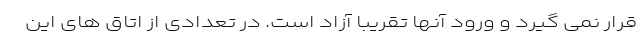
قرار نمی گیرد و ورود آنها تقریبا آزاد است. در تعدادی از اتاق های این